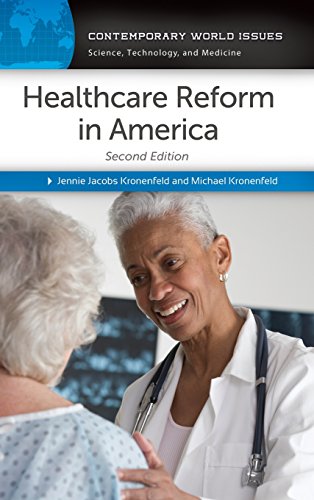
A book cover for Healthcare Reform in America: A Reference Handbook, 2nd Edition (Contemporary World Issues); Jennie Jacobs Kronenfeld; Medical Books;